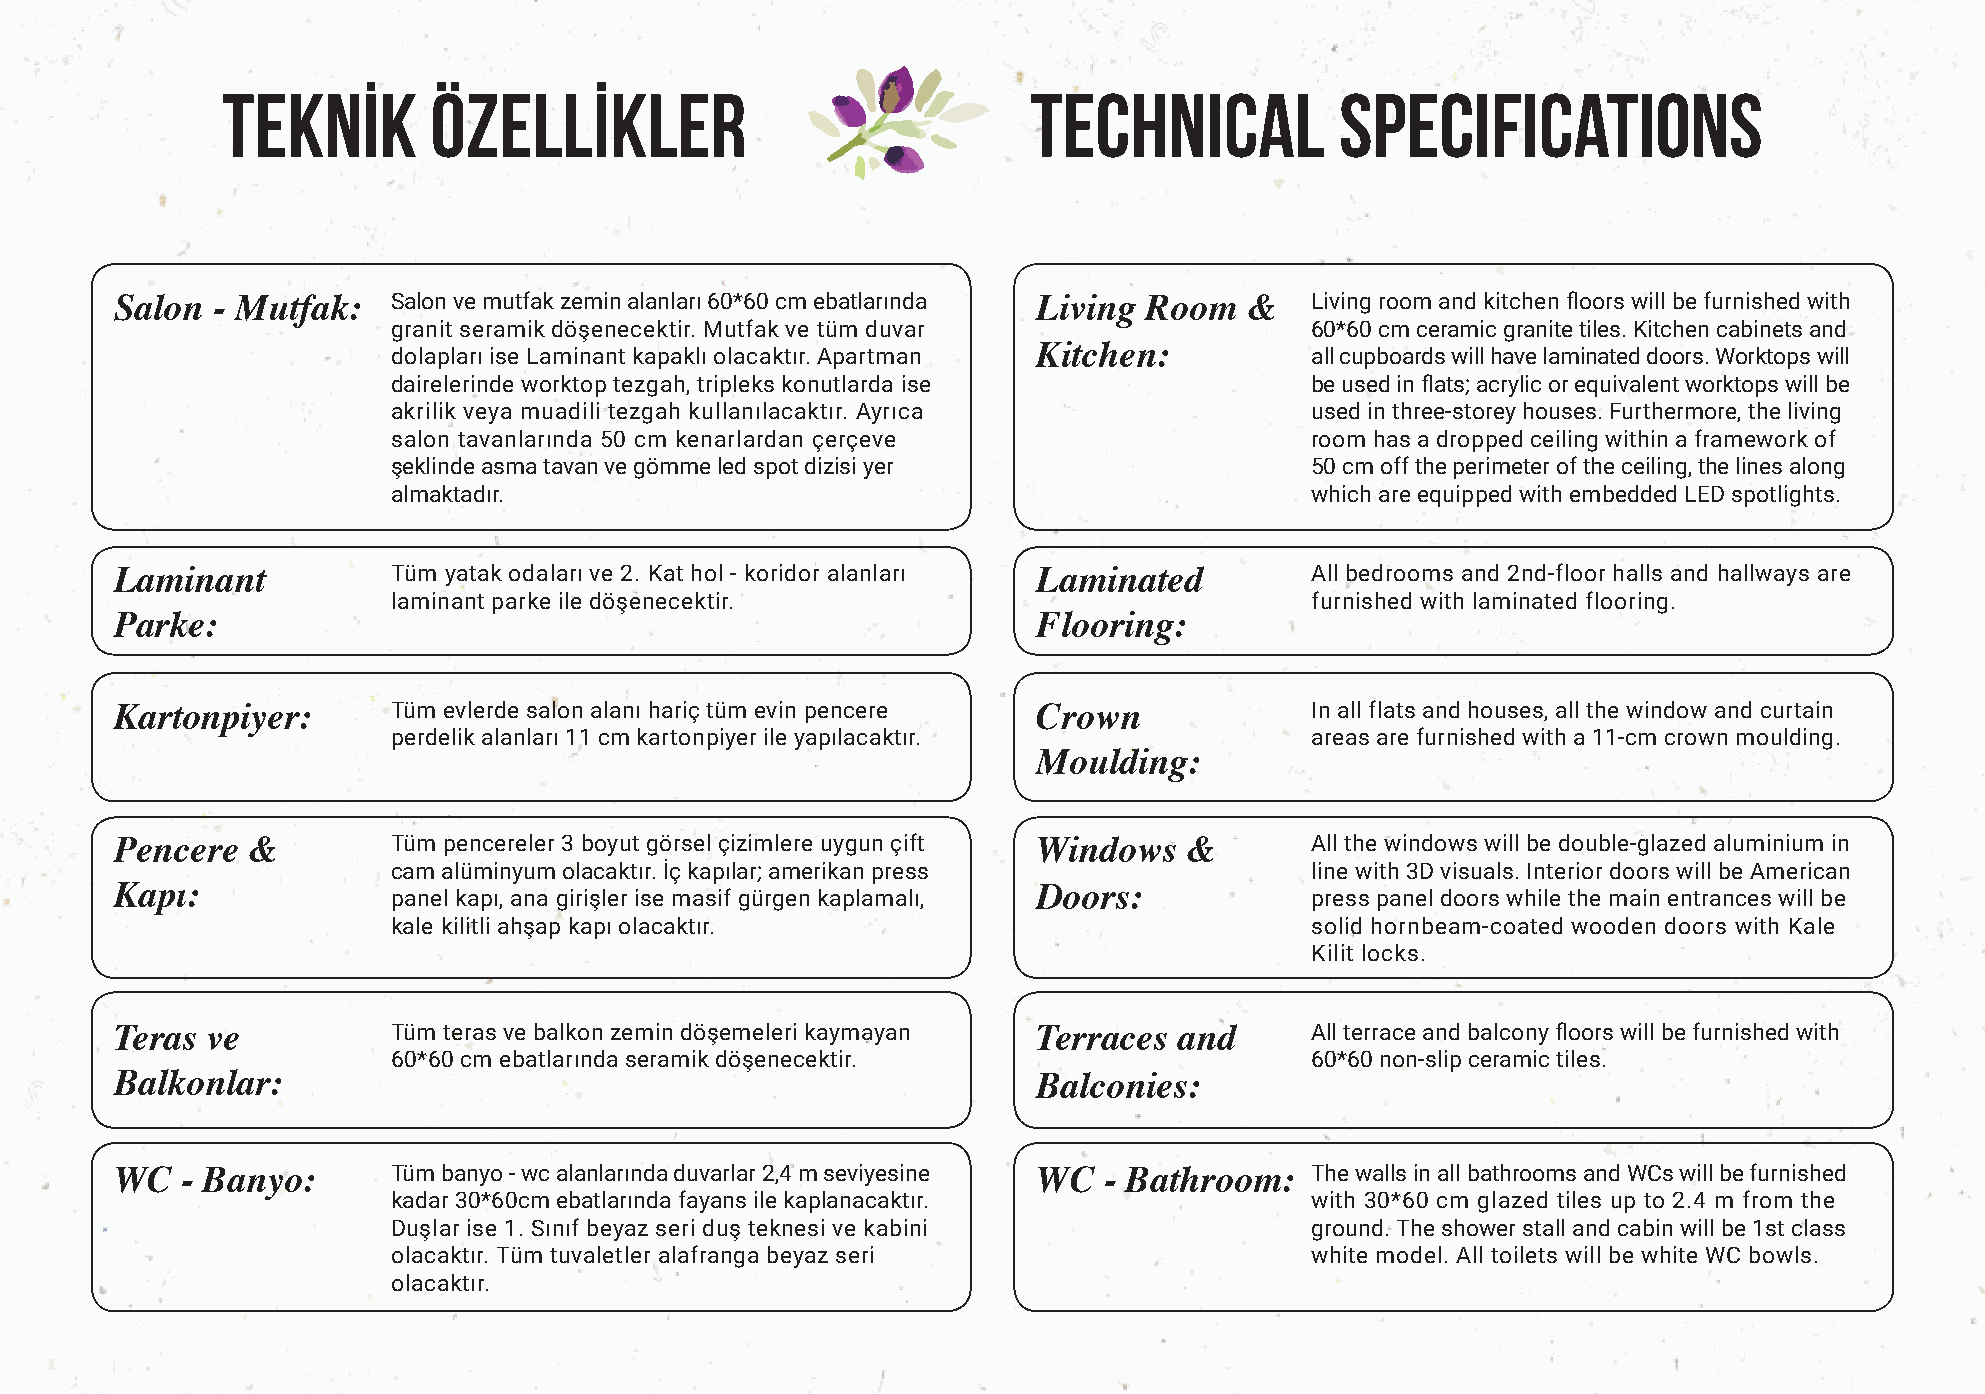
TEKNİK       ÖZELLİKLER                              TECHNICAL            SPECIFICATIONS
 Salon - Mutfak:   Salon ve mutfak zemin alanları 60*60 cm ebatlarında Living Room & Living room and kitchen floors will be furnished with
 granit seramik döşenecektir. Mutfak ve tüm duvar             60*60 cm ceramic granite tiles. Kitchen cabinets and
 dolapları ise Laminant kapaklı olacaktır. Apartman Kitchen:  all cupboards will have laminated doors. Worktops will
 dairelerinde worktop tezgah, tripleks konutlarda ise         be used in flats; acrylic or equivalent worktops will be
 akrilik veya muadili tezgah kullanılacaktır. Ayrıca          used in three-storey houses. Furthermore, the living
 salon tavanlarında 50 cm kenarlardan çerçeve                 room has a dropped ceiling within a framework of
 şeklinde asma tavan ve gömme led spot dizisi yer             50 cm off the perimeter of the ceiling, the lines along
 almaktadır.                                                  which are equipped with embedded LED spotlights.
 Laminant          Tüm yatak odaları ve 2. Kat hol - koridor alanları Laminated All bedrooms and 2nd-floor halls and hallways are
 laminant parke ile döşenecektir.                             furnished with laminated flooring.
 Parke:                                                       Flooring:
 Kartonpiyer:      Tüm evlerde salon alanı hariç tüm evin pencere Crown         In all flats and houses, all the window and curtain
 perdelik alanları 11 cm kartonpiyer ile yapılacaktır.        areas are furnished with a 11-cm crown moulding.
 Moulding:
 Pencere &         Tüm pencereler 3 boyut görsel çizimlere uygun çift Windows & All the windows will be double-glazed aluminium in
 cam alüminyum olacaktır. İç kapılar; amerikan press          line with 3D visuals. Interior doors will be American
 Kapı:             panel kapı, ana girişler ise masif gürgen kaplamalı, Doors:  press panel doors while the main entrances will be
 kale kilitli ahşap kapı olacaktır.                           solid hornbeam-coated wooden doors with Kale
 Kilit locks.
 Teras ve          Tüm teras ve balkon zemin döşemeleri kaymayan Terraces and   All terrace and balcony floors will be furnished with
 60*60 cm ebatlarında seramik döşenecektir.                   60*60 non-slip ceramic tiles.
 Balkonlar:                                                   Balconies:
 WC  - Banyo:      Tüm banyo - wc alanlarında duvarlar 2,4 m seviyesine WC - Bathroom: The walls in all bathrooms and WCs will be furnished
 kadar 30*60cm ebatlarında fayans ile kaplanacaktır.          with 30*60 cm glazed tiles up to 2.4 m from the
 Duşlar ise 1. Sınıf beyaz seri duş teknesi ve kabini         ground. The shower stall and cabin will be 1st class
 olacaktır. Tüm tuvaletler alafranga beyaz seri               white model. All toilets will be white WC bowls.
 olacaktır.